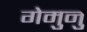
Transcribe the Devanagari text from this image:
गेमुनु